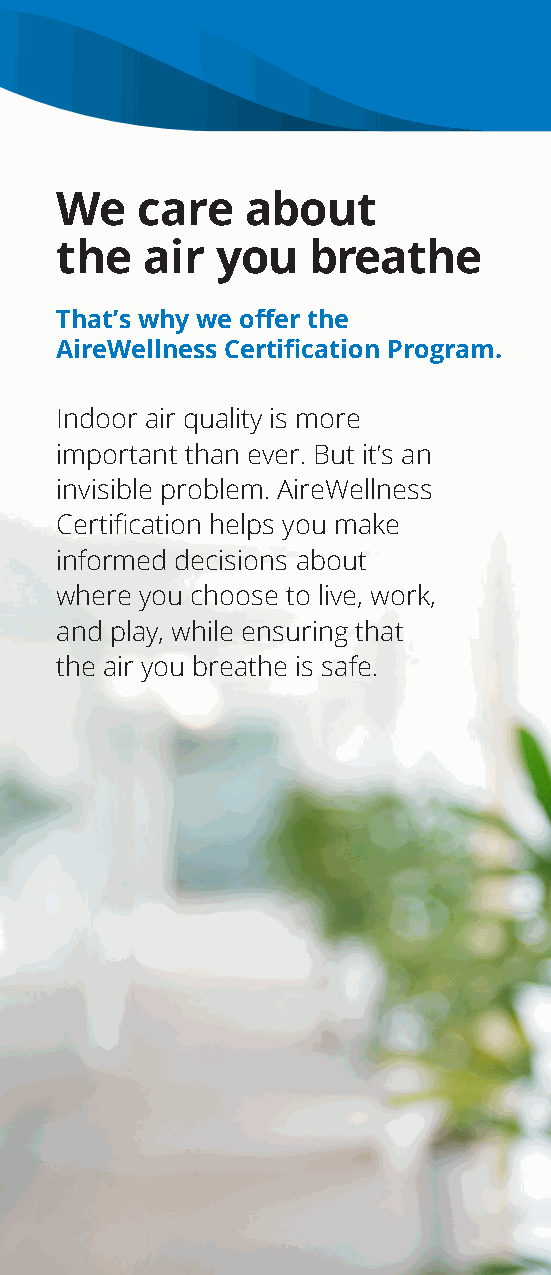
We   care   about
 the  air  you   breathe
 That’s why we offer the
 AireWellness Certification Program.
 Indoor air quality is more
 important than ever. But it’s an
 invisible problem. AireWellness
 Certification helps you make
 informed decisions about
 where you choose to live, work,
 and play, while ensuring that
 the air you breathe is safe.